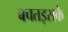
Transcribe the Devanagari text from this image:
बचतइसके